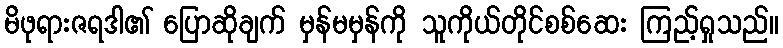
မိဖုရားဇရဒါ၏ ပြောဆိုချက် မှန်မမှန်ကို သူကိုယ်တိုင်စစ်ဆေး ကြည့်ရှုသည်။